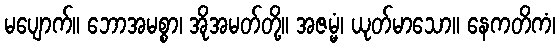
မပျောက်။ ဘောအမစ္စာ၊ အိုအမတ်တို့။ အဇမ္မံ၊ ယုတ်မာသော။ နေကတိကံ၊